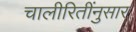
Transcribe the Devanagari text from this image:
चालीरितींनुसार